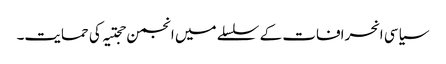
سیاسی انحرافات کے سلسلے میں انجمن حجتیہ کی حمایت۔